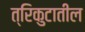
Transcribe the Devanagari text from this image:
त्रिकुटातील